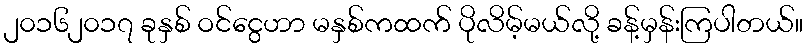
၂၀၁၆၂၀၁၇ ခုနှစ် ဝင်ငွေဟာ မနှစ်ကထက် ပိုလိမ့်မယ်လို့ ခန့်မှန်းကြပါတယ်။